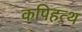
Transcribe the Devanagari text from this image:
कपिहत्थ